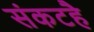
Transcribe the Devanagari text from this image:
संकटहै